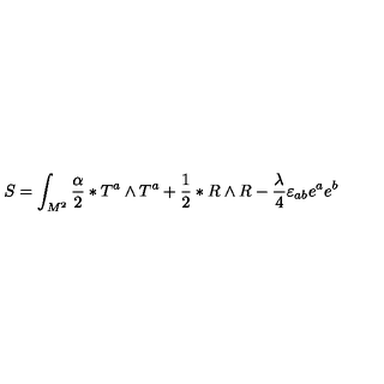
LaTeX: S = \int _ { M ^ { 2 } } ^ { } { \frac { \alpha } { 2 } } \ast T ^ { a } \wedge T ^ { a } + { \frac { 1 } { 2 } } \ast R \wedge R - { \frac { \lambda ^ { } } { 4 } } \varepsilon _ { a b } e ^ { a } e ^ { b }